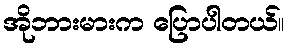
အိုဘားမားက ပြောပါတယ်။